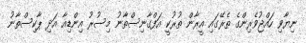
ނިޔާވި ހައްޖުވެރިންގެ ތެރޭގައި އީރާން ތުރުކީ އަފްގާނިސްތާނު މިސުރު އިންޑިއާ އަދި ޕާކިސްތާނު